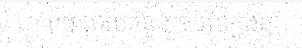
ថា រយៈពេលចំនួន ១១ខែក្នុងឆ្នាំ